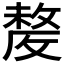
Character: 𣁛